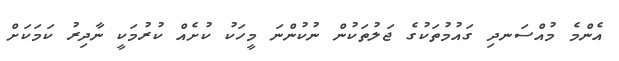
އެންމެ މުއްސަނދި ގައުމުތަކުގެ ޖަލުތަކުން ނުކުންނަ މީހަކު ކުށެއް ކުރުމަކީ ނާދިރު ކަމަކަށް